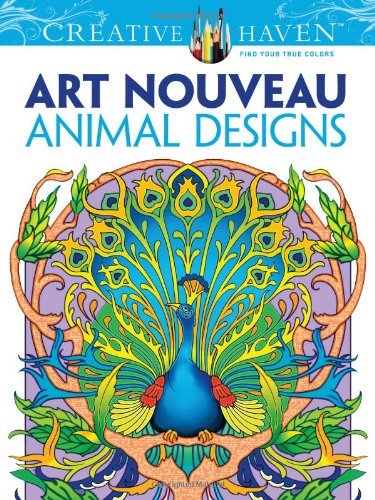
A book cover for Dover Creative Haven Art Nouveau Animal Designs Coloring Book (Creative Haven Coloring Books); Marty Noble; Crafts, Hobbies & Home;